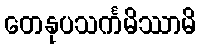
တေနုပသင်္ကမိဿာမိ